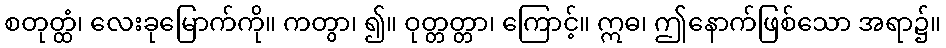
စတုတ္ထံ၊ လေးခုမြောက်ကို။ ကတွာ၊ ၍။ ဝုတ္တတ္တာ၊ ကြောင့်။ ဣဓ၊ ဤနောက်ဖြစ်သော အရာ၌။